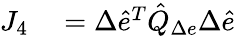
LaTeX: \begin{array}{rl}{J_{4}}&{{}=\Delta\hat{e}^{T}\hat{Q}_{\Delta e}\Delta\hat{e}}\end{array}